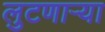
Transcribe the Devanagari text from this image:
लुटणाऱ्या